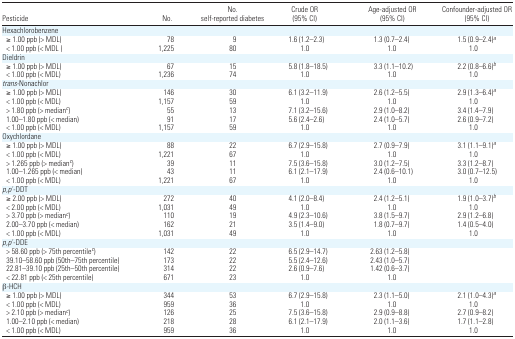
<table><thead><tr><td><b>Pesticide</b></td><td><b>No.</b></td><td><b>No. self-reported diabetes</b></td><td><b>Crude OR (95% CI)</b></td><td><b>Age-adjusted OR (95% CI)</b></td><td><b>Confounder-adjusted OR (95% CI)</b></td></tr></thead><tbody><tr><td colspan="6">Hexachlorobenzene</td></tr><tr><td> ≥ 1.00 ppb (&gt; MDL)</td><td>78</td><td>9</td><td>1.6 (1.2–2.3)</td><td>1.3 (0.7–2.4)</td><td>1.5 (0.9–2.4)a</td></tr><tr><td> &lt; 1.00 ppb (&lt; MDL)</td><td>1,225</td><td>80</td><td>1.0</td><td>1.0</td><td>1.0</td></tr><tr><td colspan="6">Dieldrin</td></tr><tr><td> ≥ 1.00 ppb (&gt; MDL)</td><td>67</td><td>15</td><td>5.8 (1.8–18.5)</td><td>3.3 (1.1–10.2)</td><td>2.2 (0.8–6.6)b</td></tr><tr><td> &lt; 1.00 ppb (&lt; MDL)</td><td>1,236</td><td>74</td><td>1.0</td><td>1.0</td><td>1.0</td></tr><tr><td><i>trans</i>-Nonachlor</td></tr><tr><td> ≥ 1.00 ppb (&gt; MDL)</td><td>146</td><td>30</td><td>6.1 (3.2–11.9)</td><td>2.6 (1.2–5.5)</td><td>2.9 (1.3–6.4)a</td></tr><tr><td> &lt; 1.00 ppb (&lt; MDL)</td><td>1,157</td><td>59</td><td>1.0</td><td>1.0</td><td>1.0</td></tr><tr><td> &gt; 1.80 ppb (&gt; medianc)</td><td>55</td><td>13</td><td>7.1 (3.2–15.6)</td><td>2.9 (1.0–8.2)</td><td>3.4 (1.4–7.9)</td></tr><tr><td> 1.00–1.80 ppb (&lt; median)</td><td>91</td><td>17</td><td>5.6 (2.4–2.6)</td><td>2.4 (1.0–5.7)</td><td>2.6 (0.9–7.2)</td></tr><tr><td> &lt; 1.00 ppb (&lt; MDL)</td><td>1,157</td><td>59</td><td>1.0</td><td>1.0</td><td>1.0</td></tr><tr><td colspan="6">Oxychlordane</td></tr><tr><td> ≥ 1.00 ppb (&gt; MDL)</td><td>88</td><td>22</td><td>6.7 (2.9–15.8)</td><td>2.7 (0.9–7.9)</td><td>3.1 (1.1–9.1)a</td></tr><tr><td> &lt; 1.00 ppb (&lt; MDL)</td><td>1,221</td><td>67</td><td>1.0</td><td>1.0</td><td>1.0</td></tr><tr><td> &gt; 1.265 ppb (&gt; medianc)</td><td>39</td><td>11</td><td>7.5 (3.6–15.8)</td><td>3.0 (1.2–7.5)</td><td>3.3 (1.2–8.7)</td></tr><tr><td> 1.00–1.265 ppb (&lt; median)</td><td>43</td><td>11</td><td>6.1 (2.1–17.9)</td><td>2.4 (0.6–10.1)</td><td>3.0 (0.7–12.5)</td></tr><tr><td> &lt; 1.00 ppb (&lt; MDL)</td><td>1,221</td><td>67</td><td>1.0</td><td>1.0</td><td>1.0</td></tr><tr><td colspan="6"><i>p,p</i>′-DDT</td></tr><tr><td> ≥ 2.00 ppb (&gt; MDL)</td><td>272</td><td>40</td><td>4.1 (2.0–8.4)</td><td>2.4 (1.2–5.1)</td><td>1.9 (1.0–3.7)b</td></tr><tr><td> &lt; 2.00 ppb (&lt; MDL)</td><td>1,031</td><td>49</td><td>1.0</td><td>1.0</td><td>1.0</td></tr><tr><td> &gt; 3.70 ppb (&gt; medianc)</td><td>110</td><td>19</td><td>4.9 (2.3–10.6)</td><td>3.8 (1.5–9.7)</td><td>2.9 (1.2–6.8)</td></tr><tr><td> 2.00–3.70 ppb (&lt; median)</td><td>162</td><td>21</td><td>3.5 (1.4–9.0)</td><td>1.8 (0.7–9.7)</td><td>1.4 (0.5–4.0)</td></tr><tr><td> &lt; 1.00 ppb (&lt; MDL)</td><td>1,031</td><td>49</td><td>1.0</td><td>1.0</td><td>1.0</td></tr><tr><td colspan="6"><i>p,p</i>′-DDE</td></tr><tr><td> &gt; 58.60 ppb (&gt; 75th percentilec)</td><td>142</td><td>22</td><td>6.5 (2.9–14.7)</td><td>2.63 (1.2–5.8)</td><td></td></tr><tr><td> 39.10–58.60 ppb (50th–75th percentile)</td><td>173</td><td>22</td><td>5.5 (2.4–12.6)</td><td>2.43 (1.0–5.7)</td><td></td></tr><tr><td> 22.81–39.10 ppb (25th–50th percentile)</td><td>314</td><td>22</td><td>2.6 (0.9–7.6)</td><td>1.42 (0.6–3.7)</td><td></td></tr><tr><td> &lt; 22.81 ppb (&lt; 25th percentile)</td><td>671</td><td>23</td><td>1.0</td><td>1.0</td><td></td></tr><tr><td colspan="6">β-HCH</td></tr><tr><td> ≥ 1.00 ppb (&gt; MDL)</td><td>344</td><td>53</td><td>6.7 (2.9–15.8)</td><td>2.3 (1.1–5.0)</td><td>2.1 (1.0–4.3)a</td></tr><tr><td> &lt; 1.00 ppb (&lt; MDL)</td><td>959</td><td>36</td><td>1.0</td><td>1.0</td><td>1.0</td></tr><tr><td> &gt; 2.10 ppb (&gt; medianc)</td><td>126</td><td>25</td><td>7.5 (3.6–15.8)</td><td>2.9 (0.9–8.8)</td><td>2.7 (0.9–8.2)</td></tr><tr><td> 1.00–2.10 ppb (&lt; median)</td><td>218</td><td>28</td><td>6.1 (2.1–17.9)</td><td>2.0 (1.1–3.6)</td><td>1.7 (1.1–2.8)</td></tr><tr><td> &lt; 1.00 ppb (&lt; MDL)</td><td>959</td><td>36</td><td>1.0</td><td>1.0</td><td>1.0</td></tr></tbody></table>